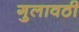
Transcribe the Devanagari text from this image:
गुलावठी